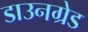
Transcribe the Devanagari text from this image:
डाउनग्रेड